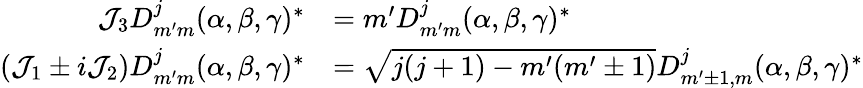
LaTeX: {\begin{array}{rl}{{\mathcal{J}}_{3}D_{m^{\prime}m}^{j}(\alpha,\beta,\gamma)^{*}}&{=m^{\prime}D_{m^{\prime}m}^{j}(\alpha,\beta,\gamma)^{*}}\\ {({\mathcal{J}}_{1}\pm i{\mathcal{J}}_{2})D_{m^{\prime}m}^{j}(\alpha,\beta,\gamma)^{*}}&{={\sqrt{j(j+1)-m^{\prime}(m^{\prime}\pm 1)}}D_{m^{\prime}\pm 1,m}^{j}(\alpha,\beta,\gamma)^{*}}\end{array}}